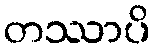
တဿာပိ